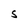
Character: S